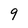
Character: 9